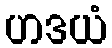
ဟဒယံ